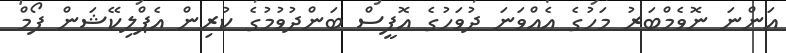
އަންނަ ނޮވެމްބަރު މަހުގެ އެއްވަނަ ދުވަހުގެ އޮފީސް ބަންދުވުމުގެ ކުރިން އެޕްލިކޭޝަން ފޯމް